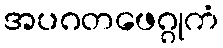
အပဂတဖေဂ္ဂုကံ